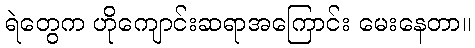
ရဲတွေက ဟိုကျောင်းဆရာအကြောင်း မေးနေတာ။